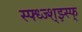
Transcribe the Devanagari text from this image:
स्फ्ध्ज्श्झ्स्फ्